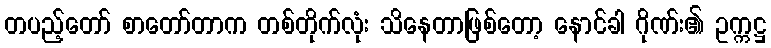
တပည့်တော် စာတော်တာက တစ်တိုက်လုံး သိနေတာဖြစ်တော့ နောင်ခါ ဂိုဏ်း၏ ဥက္ကဋ္ဌ